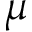
\mu